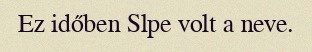
Ez időben Slpe volt a neve.